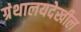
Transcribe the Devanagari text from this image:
ग्रंथालयदेखील